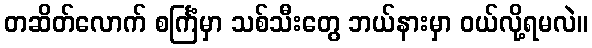
တဆိတ်လောက် စင်္ကြံမှာ သစ်သီးတွေ ဘယ်နားမှာ ဝယ်လို့ရမလဲ။